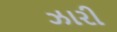
ઝારી